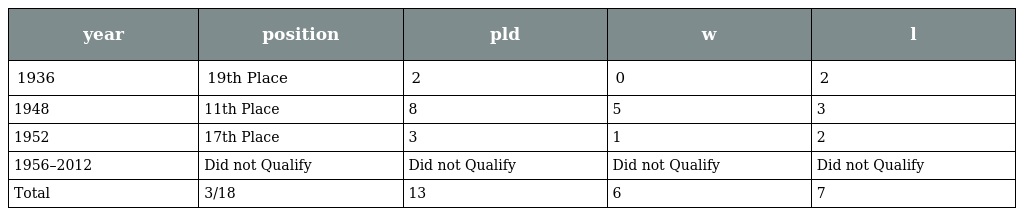
| year | position | pld | w | l |
 | --- | --- | --- | --- | --- |
 | 1936 | 19th Place | 2 | 0 | 2 |
 | 1948 | 11th Place | 8 | 5 | 3 |
 | 1952 | 17th Place | 3 | 1 | 2 |
 | 1956–2012 | Did not Qualify | Did not Qualify | Did not Qualify | Did not Qualify |
 | Total | 3/18 | 13 | 6 | 7 |